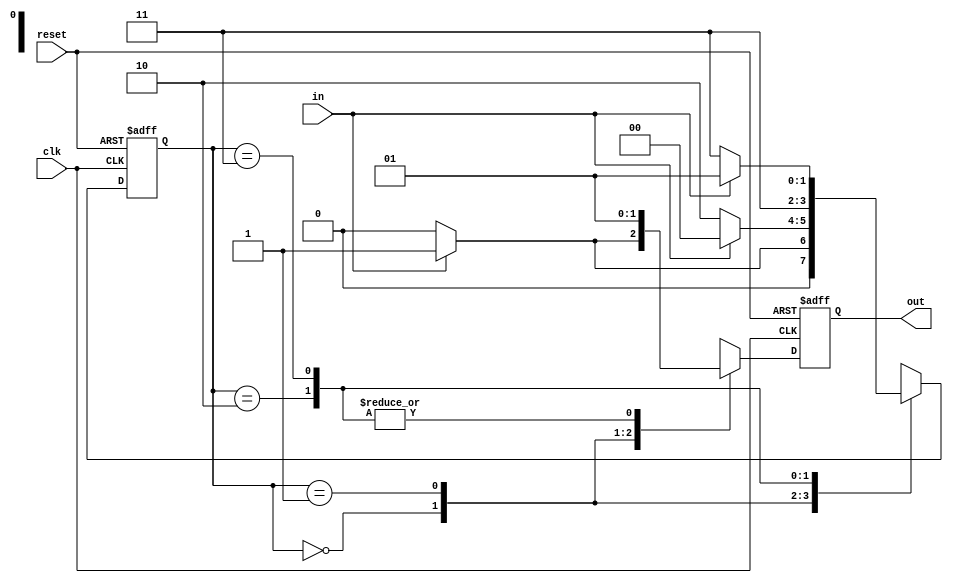
`timescale 1ns / 1ps
//////////////////////////////////////////////////////////////////////////////////
// Company: 
// Engineer: 
// 
// Design Name: 
// Module Name:    fsm 
// Project Name: 
// Target Devices: 
// Tool versions: 
// Description: 
//
// Dependencies: 
//
// Revision: 
// Revision 0.01 - File Created
// Additional Comments: 
//
//////////////////////////////////////////////////////////////////////////////////
module fsm(input clk,in, reset, output reg out);
reg [1:0]state;
//parameter s0=00, s1=01,s2=10, s3=11;
//state = 2'b00;
always@(posedge clk or posedge reset) begin
if(reset)
begin
state=2'b00;
out=1'b0;
end
else 
case(state)
2'b00:if(in)
	begin
	state=2'b01;
	out = 1'b1;
	end
	else
	begin
	state=2'b00;
	out=1'b0;
	end
2'b01:if(in)
		begin
		state=2'b00;
		out=1'b0;
		end
		else
		begin
		state=2'b10;
		out=1'b0;
		end
2'b10:if(in)
		begin
		state=2'b11;
		out=1'b1;
		end
		else
		begin
		state=2'b11;
		out=1'b1;
		end		
2'b11:if(in)
		begin
		state=2'b01;
		out=1'b1;
		end
		else
		begin
		state=2'b11;
		out=1'b1;
		end
endcase
end
/**always@(state) begin
case(state)
00: out=1'b0;
01: out=1'b1;
10: out=1'b1;
11: out=1'b0;
//default: out<=1'b0;
endcase
end
*/
endmodule